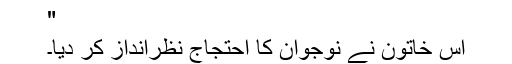
"
اس خاتون نے نوجوان کا احتجاج نظرانداز کر دیا۔